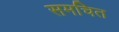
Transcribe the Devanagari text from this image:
समचित